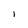
Character: l